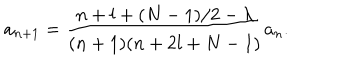
a _ { n + 1 } = \frac { n + l + ( N - 1 ) / 2 - \lambda } { ( n + 1 ) ( n + 2 l + N - 1 ) } a _ { n } .